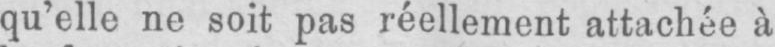
qu’elle ne soit pas réellement attachée à